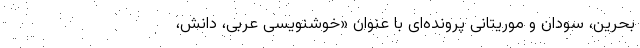
بحرین، سودان و موریتانی پرونده‌ای با عنوانِ «خوشنویسی عربی، دانش،